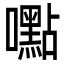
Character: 嚸